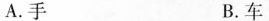
A.手 B.车